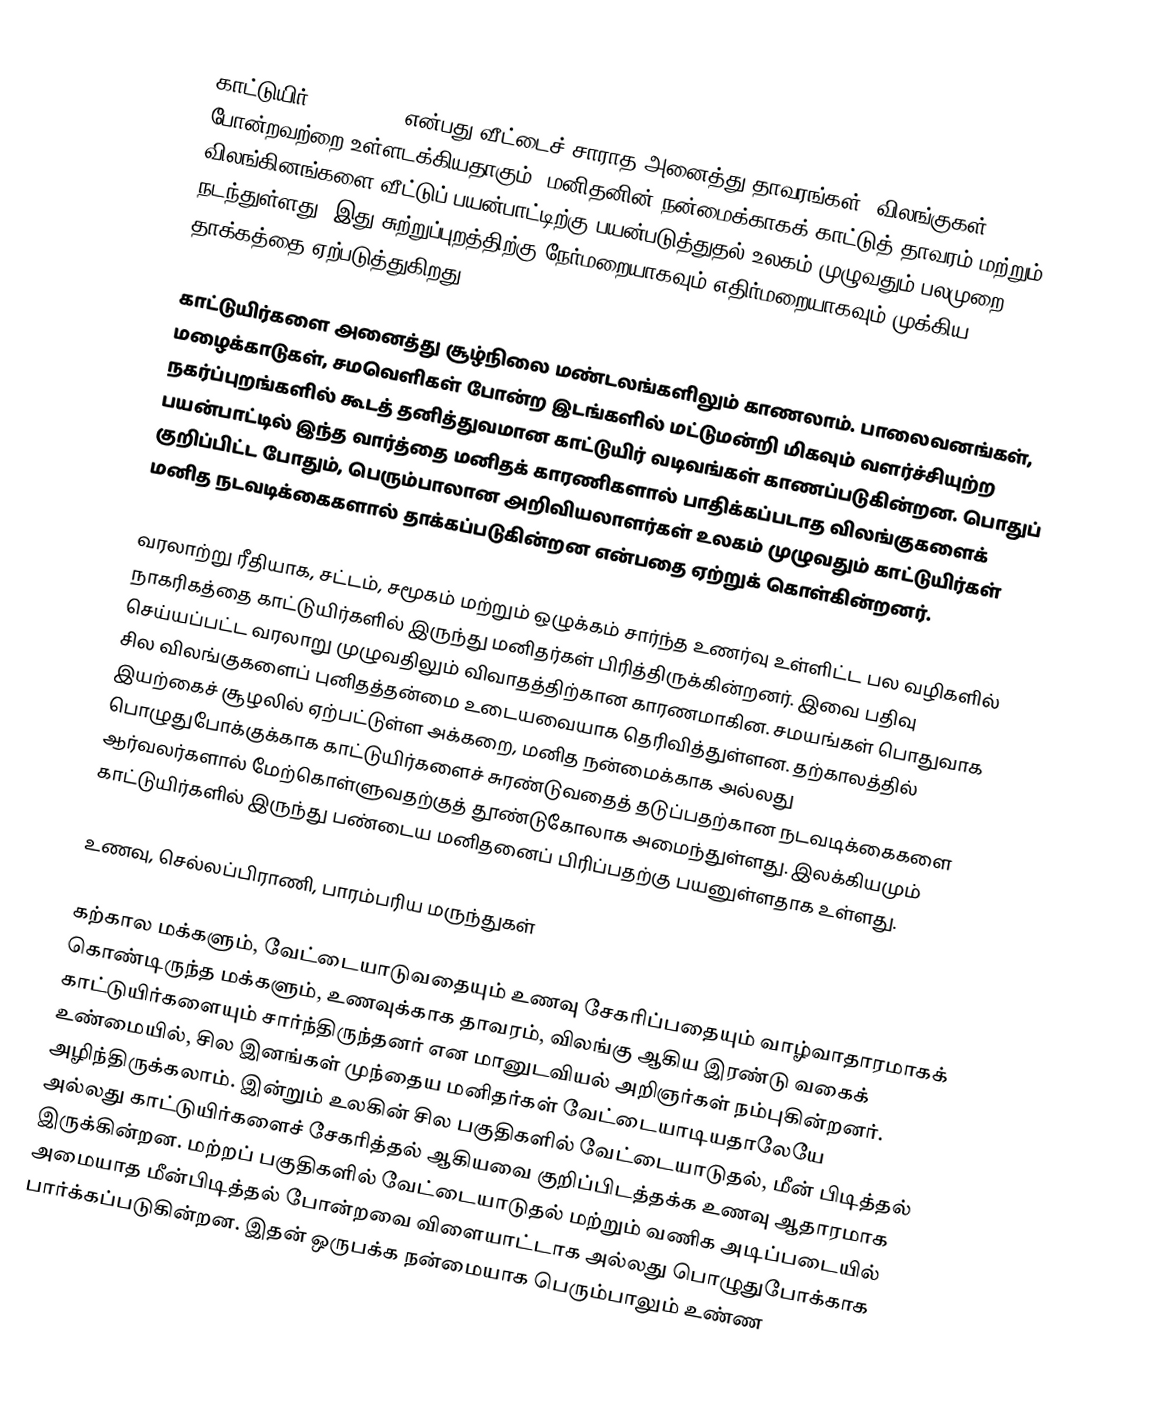
காட்டுயிர் (wildlife) என்பது வீட்டைச் சாராத அனைத்து தாவரங்கள், விலங்குகள் போன்றவற்றை உள்ளடக்கியதாகும். மனிதனின் நன்மைக்காகக் காட்டுத் தாவரம் மற்றும் விலங்கினங்களை வீட்டுப் பயன்பாட்டிற்கு பயன்படுத்துதல் உலகம் முழுவதும் பலமுறை நடந்துள்ளது. இது சுற்றுப்புறத்திற்கு நேர்மறையாகவும் எதிர்மறையாகவும் முக்கிய தாக்கத்தை ஏற்படுத்துகிறது.

காட்டுயிர்களை அனைத்து சூழ்நிலை மண்டலங்களிலும் காணலாம். பாலைவனங்கள், மழைக்காடுகள், சமவெளிகள் போன்ற இடங்களில் மட்டுமன்றி மிகவும் வளர்ச்சியுற்ற நகர்ப்புறங்களில் கூடத் தனித்துவமான காட்டுயிர் வடிவங்கள் காணப்படுகின்றன. பொதுப் பயன்பாட்டில் இந்த வார்த்தை மனிதக் காரணிகளால் பாதிக்கப்படாத விலங்குகளைக் குறிப்பிட்ட போதும், பெரும்பாலான அறிவியலாளர்கள் உலகம் முழுவதும் காட்டுயிர்கள் மனித நடவடிக்கைகளால் தாக்கப்படுகின்றன என்பதை ஏற்றுக் கொள்கின்றனர்.

வரலாற்று ரீதியாக, சட்டம், சமூகம் மற்றும் ஒழுக்கம் சார்ந்த உணர்வு உள்ளிட்ட பல வழிகளில் நாகரிகத்தை காட்டுயிர்களில் இருந்து மனிதர்கள் பிரித்திருக்கின்றனர். இவை பதிவு செய்யப்பட்ட வரலாறு முழுவதிலும் விவாதத்திற்கான காரணமாகின. சமயங்கள் பொதுவாக சில விலங்குகளைப் புனிதத்தன்மை உடையவையாக தெரிவித்துள்ளன. தற்காலத்தில் இயற்கைச் சூழலில் ஏற்பட்டுள்ள அக்கறை, மனித நன்மைக்காக அல்லது பொழுதுபோக்குக்காக காட்டுயிர்களைச் சுரண்டுவதைத் தடுப்பதற்கான நடவடிக்கைகளை ஆர்வலர்களால் மேற்கொள்ளுவதற்குத் தூண்டுகோலாக அமைந்துள்ளது. இலக்கியமும் காட்டுயிர்களில் இருந்து பண்டைய மனிதனைப் பிரிப்பதற்கு பயனுள்ளதாக உள்ளது.

உணவு, செல்லப்பிராணி, பாரம்பரிய மருந்துகள்

கற்கால மக்களும், வேட்டையாடுவதையும் உணவு சேகரிப்பதையும் வாழ்வாதாரமாகக் கொண்டிருந்த மக்களும், உணவுக்காக தாவரம், விலங்கு ஆகிய இரண்டு வகைக் காட்டுயிர்களையும் சார்ந்திருந்தனர் என மானுடவியல் அறிஞர்கள் நம்புகின்றனர். உண்மையில், சில இனங்கள் முந்தைய மனிதர்கள் வேட்டையாடியதாலேயே அழிந்திருக்கலாம். இன்றும் உலகின் சில பகுதிகளில் வேட்டையாடுதல், மீன் பிடித்தல் அல்லது காட்டுயிர்களைச் சேகரித்தல் ஆகியவை குறிப்பிடத்தக்க உணவு ஆதாரமாக இருக்கின்றன. மற்றப் பகுதிகளில் வேட்டையாடுதல் மற்றும் வணிக அடிப்படையில் அமையாத மீன்பிடித்தல் போன்றவை விளையாட்டாக அல்லது பொழுதுபோக்காக பார்க்கப்படுகின்றன. இதன் ஒருபக்க நன்மையாக பெரும்பாலும் உண்ண